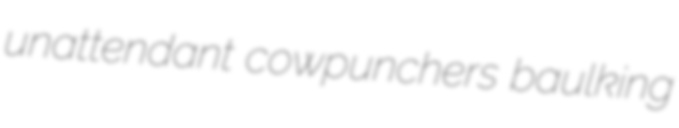
unattendant cowpunchers baulking